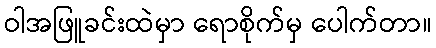
ဝါအဖြူခင်းထဲမှာ ရောစိုက်မှ ပေါက်တာ။